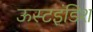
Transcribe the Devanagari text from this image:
ऊस्टइंडिश